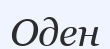
Оден